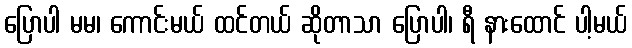
ပြောပါ မမ၊ ကောင်းမယ် ထင်တယ် ဆိုတာသာ ပြောပါ၊ ရီ နားထောင် ပါ့မယ်